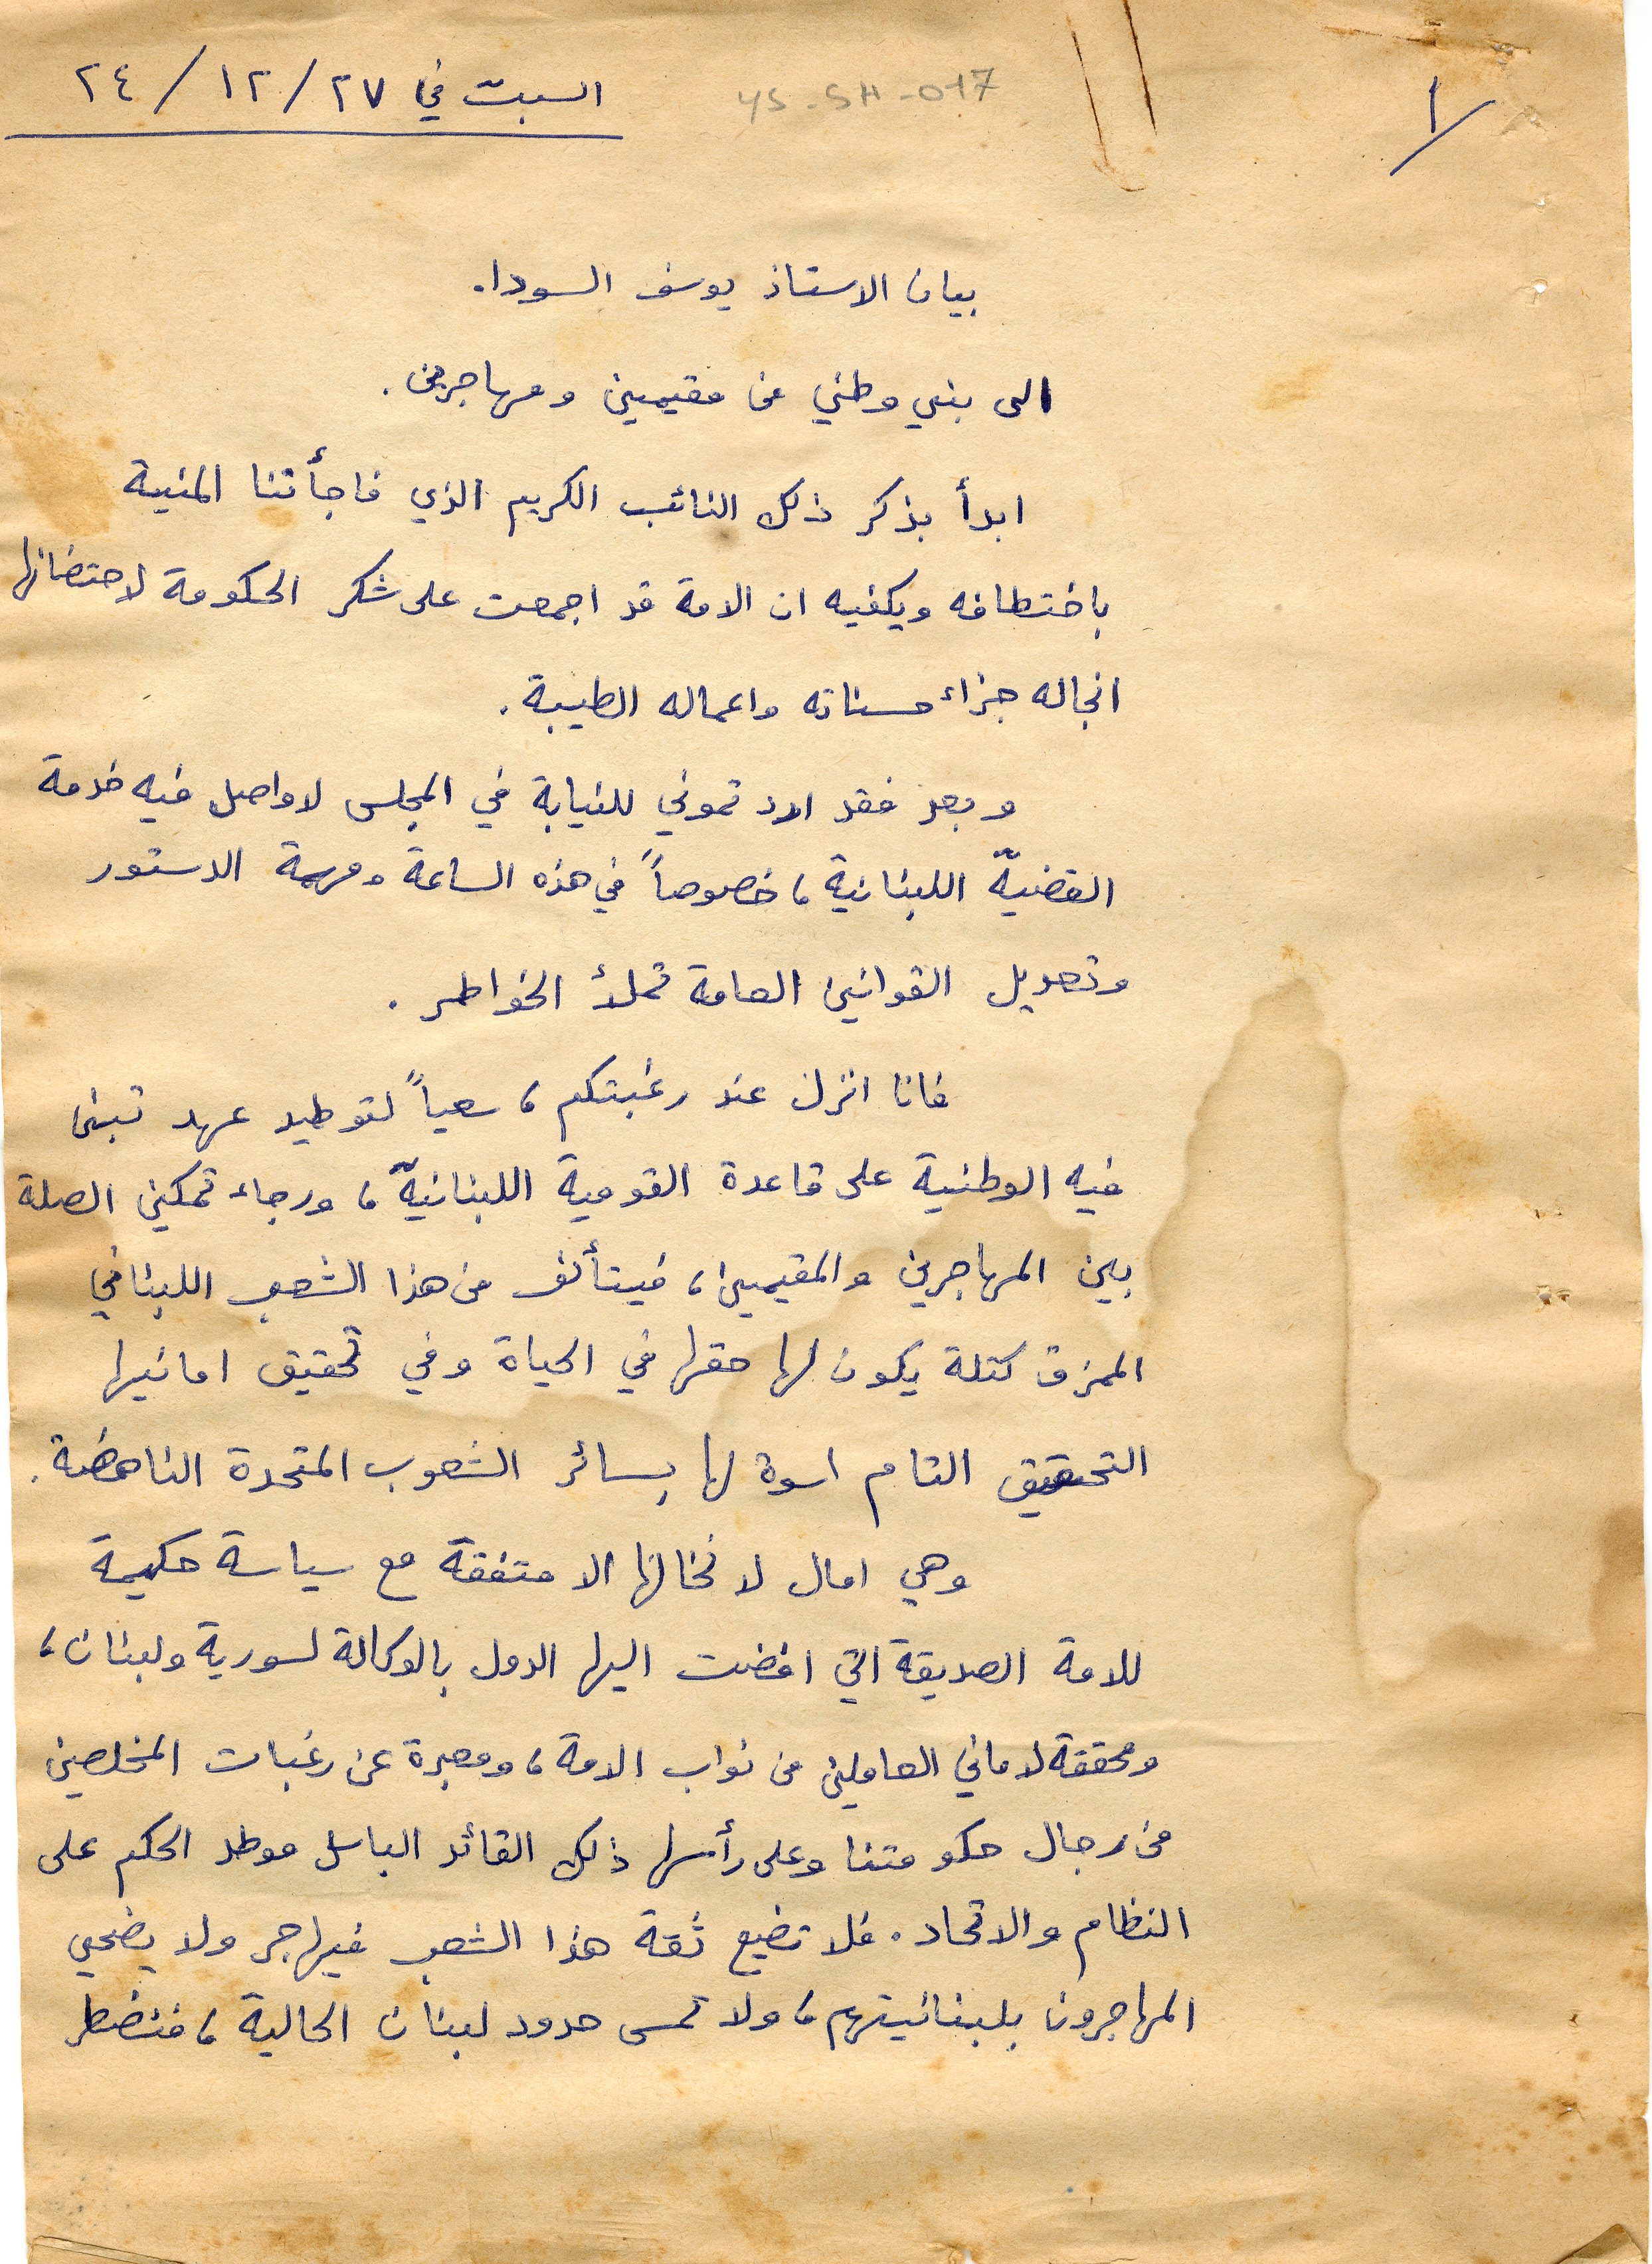
السبت في ٢٤/١٢/٢٧
 بيان الاستاذ يوسف السودا.
الى بني وطني من مقيمين ومهاجرين.
ابدأ بذكر ذلك النائب الكريم الذي فاجأتنا المنية
باختطافه ويكفيه ان الامة قد اجمعت على شكر الحكومة لاحتضانها
انجاله جزاء حسناته واعماله الطيبة.
وبعد فقد اردتموني للنيابة في المجلس لاواصل فيه خدمة
القضية اللبنانية، خصوصاً في هذه الساعة ومهمة الدستور
 وتعديل القوانين العامة تملأ الخواطر.
فانا انزل عند رغبتكم، سعياً لتوطيد عهد تبنى
فيه الوطنية على قاعدة القومية اللبنانية، ورجاء تمكين الصلة
بين المهاجرين والمقيمين، فيتألف من هذا الشعب اللبناني
الممزق كتلة يكون لها حقها في الحياة وفي تحقيق امانيها
 التحقيق التام اسوة لها بسائر الشعوب المتحدة الناهصة.
وهي امال لا نخالها الا متفقة مع سياسة حكيمة
للامة الصديقة التي افضت اليها الدول بالوكالة لسورية ولبنان،
ومحققة لاماني العاملين من نواب الامة، ومعبرة عن رغبات المخلصين
من رجال حكومتنا وعلى رأسها ذلك القائد الباسل موطد الحكم على
النظام والاتحاد. فلا تضيع ثقة هذا الشعب فيهاجر ولا يضحي
المهاجرون بلبنانيتهم، ولا تمس حدود لبنان الحالية ، فنضطر
ys-5H-017